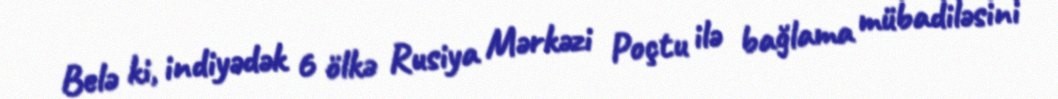
Belə ki, indiyədək 6 ölkə Rusiya Mərkəzi Poçtu ilə bağlama mübadiləsini